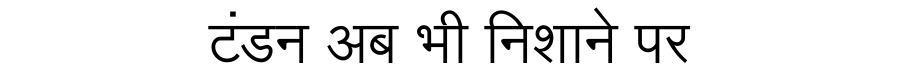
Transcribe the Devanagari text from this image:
टंडन अब भी निशाने पर